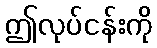
ဤလုပ်ငန်းကို